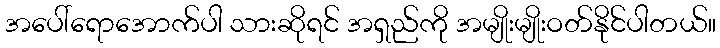
အပေါ်ရောအောက်ပါ သားဆိုရင် အရှည်ကို အမျိုးမျိုးဝတ်နိုင်ပါတယ်။